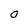
Character: o